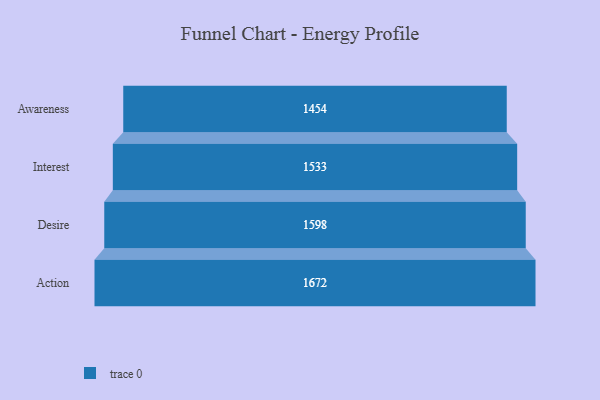
{"axis": {"x": "Stage", "y": "Value"}, "legend": [""], "data": [{"x": "Awareness", "y": 1454.0, "type": ""}, {"x": "Interest", "y": 1533.0, "type": ""}, {"x": "Desire", "y": 1598.0, "type": ""}, {"x": "Action", "y": 1672.0, "type": ""}]}